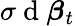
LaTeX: \sigma\mathrm{~d~}\boldsymbol{\beta}_{t}